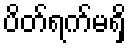
ပိတ်ရက်မရှိ